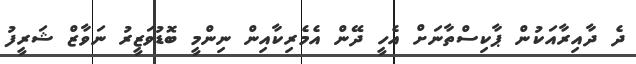
ދެ ދާއިރާއަކުން ޕާކިސްތާނަށް އެހީ ދޭން އެމެރިކާއިން ނިންމީ ބޮޑުވަޒީރު ނަވާޒް ޝަރީފު